Civil Veterinary Dept. Bombay admin report 1893-99 - 1893-1899
Year: 1893
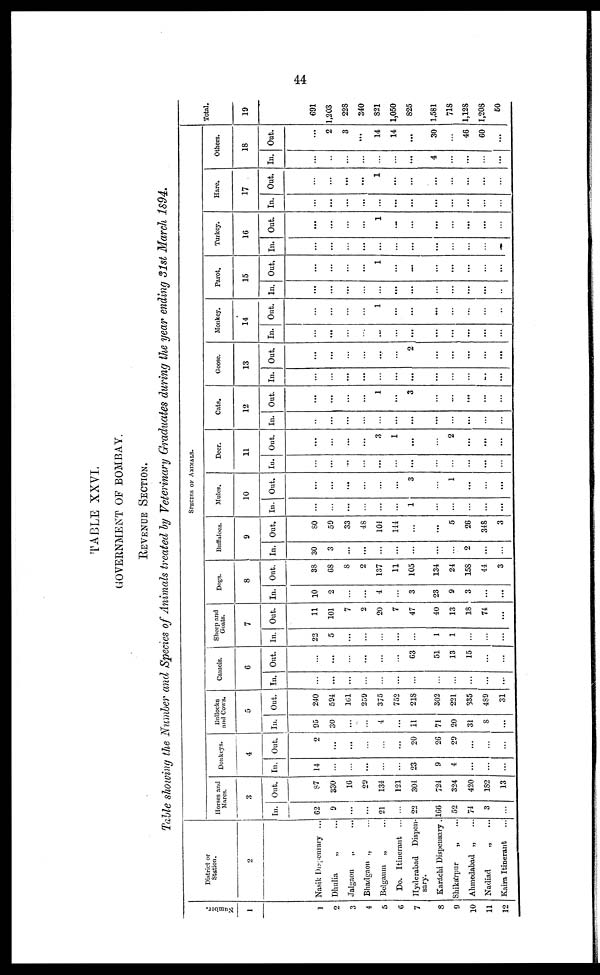
44
TABLE XXVI.
GOVERNMENT OF BOMBAY.
REVENUE SECTION.
Table showing the Number and Species of Animals treated by Veterinary Graduates during the year ending 31st March 1894.
Number.
1
1
2
3
4
5
6
7
8
9
10
11
12
District or
Station.
2
Nasik Dispensary ...
Dhulia „ ...
Jalgaon
„ ...
Bhadgaon „ ...
Belgaum „ ...
Do. Itinerant ...
Hyderabad Dispen-
sary.
Karáhi Dispensary .
Shikárpur
„ ...
Ahmedabad „ ...
Nadiad
„ ...
Kaira Itinerant ...
SPECIES OF ANIMALS.
Horses and
Mares.
3
In.
62
9
...
...
21
...
22
166
52
74
3
...
Out.
87
330
16
29
134
121
301
724
324
420
182
13
Donkeys.
4
In.
14
...
...
...
...
...
23
9
4
...
...
...
Out.
2
...
...
...
...
...
20
26
29
...
...
...
Bullocks
and Cows.
5
In.
95
30
...
...
4
...
11
71
20
31
8
...
Out.
240
594
161
259
375
752
218
302
221
335
489
31
Camels.
6
In.
...
...
...
...
...
...
...
...
...
...
...
Out.
...
...
...
...
...
...
63
51
13
15
...
...
Sheep and
Goats.
7
In.
23
5
...
...
...
...
...
1
1
...
...
...
Out.
11
101
7
2
20
7
47
40
13
18
74
...
Dogs.
8
In.
10
2
...
...
4
...
3
23
9
3
...
...
Out.
38
68
8
2
137
11
105
134
24
158
44
3
Buffaloes.
9
In.
30
3
...
...
...
...
...
...
...
2
...
...
Out.
80
59
33
48
104
144
...
...
5
26
348
3
Mules.
10
In.
...
...
...
...
...
...
1
...
...
...
...
...
Out.
...
...
...
...
...
...
3
...
1
...
...
...
Deer.
11
In.
...
...
...
...
...
...
...
...
...
...
...
...
Out.
...
...
...
...
3
1
...
...
2
...
...
...
Cats.
12
In.
...
...
...
...
...
...
...
...
...
...
...
...
Out.
...
...
...
...
1
...
3
...
...
...
...
...
Goose.
13
In.
...
...
...
...
...
...
...
...
...
...
...
...
Out.
...
...
...
...
...
...
2
...
...
...
...
...
Monkey.
14
In.
...
...
...
...
...
...
...
...
...
...
...
...
Out.
...
...
...
...
1
...
...
...
...
...
...
...
Parot.
15
In.
...
...
...
...
...
...
...
...
...
...
...
Out.
...
...
...
...
1
...
...
...
...
...
...
...
Turkey.
16
In.
...
...
...
...
...
...
...
...
...
...
...
...
Out.
...
...
...
...
1
...
...
...
...
...
...
...
Hare.
17
In.
...
...
...
...
...
...
...
...
...
...
...
...
Out.
...
...
...
...
1
...
...
...
...
...
...
...
Others.
18
In.
...
...
...
...
...
...
...
4
...
...
...
...
Out.
...
2
3
...
14
14
...
30
...
46
60
...
Total.
19
691
1,203
228
340
821
1,050
825
1,581
718
1,128
1,208
60